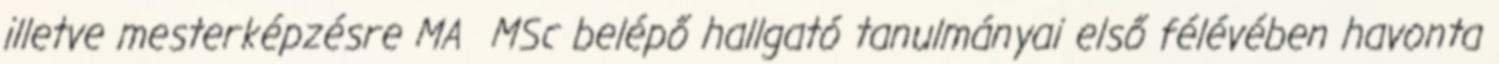
illetve mesterképzésre MA MSc belépő hallgató tanulmányai első félévében havonta